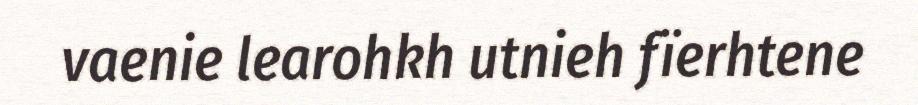
vaenie learohkh utnieh fïerhtene